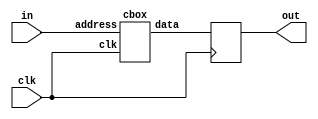
// computational sbox
//     Johannes Wolkerstorfer, Elisabeth Oswald, Mario Lamberger:
//     An ASIC Implementation of the AES SBoxes. CT-RSA 2002: 67-78

module sbox (clk, in, out);
   input 	clk;
   input [7:0] 	in;
   output reg [7:0] out;
   
   wire [7:0] data;
   
   always @(posedge clk)
     out <= data;
   
   cbox cbox1(.address(in), .data(data), .clk(clk));

endmodule

module map(a, ah, al);
  input   [7:0] a;
  output  [3:0] ah, al;

  wire aA,  aB,  aC;
  wire ah3, ah2, ah1, ah0;
  wire al3, al2, al1, al0;

  assign aA  = a[1] ^ a[7];
  assign aB  = a[5] ^ a[7];
  assign aC  = a[4] ^ a[6];

  assign al3 = a[2] ^ a[4];
  assign al2 = aA;
  assign al1 = a[1] ^ a[2];
  assign al0 = aC ^ a[0] ^ a[5];
  assign al  = (al3 << 3) | (al2 << 2) | (al1 << 1) | al0;

  assign ah3 = aB;
  assign ah2 = aB ^ a[2] ^ a[3];
  assign ah1 = aA ^ aC;
  assign ah0 = aC ^ a[5];
  assign ah  = (ah3 << 3) | (ah2 << 2) | (ah1 << 1) | ah0;          

endmodule

module invmap(ah, al, a);
  input  [3:0] ah, al;
  output [7:0] a;

  wire aA, aB;
  wire a3, a2, a1, a0;
  wire a4, a5, a6, a7;

  assign   aA = al[1] ^ ah[3];
  assign   aB = ah[0] ^ ah[1];
  assign   a0 = al[0] ^ ah[0];
  assign   a1 = aB    ^ ah[3];
  assign   a2 = aA    ^ aB;
  assign   a3 = aB    ^ al[1] ^ ah[2];
  assign   a4 = aA    ^ aB ^ al[3];
  assign   a5 = aB    ^ al[2];
  assign   a6 = aA    ^ al[2] ^ al[3] ^ ah[0];
  assign   a7 = aB    ^ al[2] ^ ah[3];

  assign   a  = (a7 << 7) | (a6 << 6) | (a5 << 5) | (a4 << 4) |
         (a3 << 3) | (a2 << 2) | (a1 << 1) | a0;
endmodule

module sqr(a, c);
  input  [3:0] a;
  output [3:0] c;

  wire c0, c1, c2, c3;

  assign c0 = a[0] ^ a[2];
  assign c1 = a[2];
  assign c2 = a[1] ^ a[3];
  assign c3 = a[3];

  assign c = (c3 << 3) | (c2 << 2) | (c1 << 1) | c0;

endmodule

module invg4(a, c);
  input  [3:0] a;
  output [3:0] c;

  wire c0, c1, c2, c3, aA;

  assign aA = a[1] ^ a[2] ^ a[3] ^ (a[1] & a[2] & a[3]);
  assign c0 = aA ^ a[0] ^ (a[0] & a[2]) ^ (a[1] & a[2]) ^ (a[0] & a[1] & a[2]);
  assign c1 = (a[0] & a[1]) ^ (a[0] & a[2]) ^ (a[1] & a[2]) ^ a[3] ^
          (a[1] & a[3]) ^ (a[0] & a[1] & a[3]);
  assign c2 = (a[0] & a[1]) ^ a[2] ^ (a[0] & a[2]) ^ a[3] ^
          (a[0] & a[3]) ^ (a[0] & a[2] & a[3]);
  assign c3 = aA ^ (a[0] & a[3]) ^ (a[1] & a[3]) ^ (a[2] & a[3]);

  assign c = (c3 << 3) | (c2 << 2) | (c1 << 1) | c0;

endmodule

module add4(a, b, c);
  input [3:0] a,b;
  output [3:0] c;

  assign c = a ^ b;
endmodule

module mul4(a, b, q);
  input  [3:0] a, b;
  output [3:0] q;
  wire   aA,  aB, q0, q1, q2, q3;
  wire   acc0, acc1, acc2, acc3;

  assign  aA = a[0] ^ a[3];
  assign  aB = a[2] ^ a[3];
  assign  q0 = (a[0] & b[0]) ^ (a[3] & b[1]) ^ (a[2] & b[2]) ^  (a[1] & b[3]);
  assign  q1 = (a[1] & b[0]) ^ (aA   & b[1]) ^ (aB   & b[2]) ^ ((a[1] ^ a[2]) & b[3]);
  assign  q2 = (a[2] & b[0]) ^ (a[1] & b[1]) ^ (aA   & b[2]) ^  (aB & b[3]);
  assign  q3 = (a[3] & b[0]) ^ (a[2] & b[1]) ^ (a[1] & b[2]) ^  (aA & b[3]);
  assign  q = (q3 << 3) | (q2 << 2) | (q1 << 1) | q0;
endmodule
  
module mul4e(a, c);
  input  [3:0] a;
  output [3:0] c;
  wire c0, c1, c2, c3, aA, aB;
  wire acc0, acc1, acc2, acc3;
  wire b;

  assign  aA = a[0] ^ a[1];
  assign  aB = a[2] ^ a[3];
  assign  c0 = a[1] ^ aB;
  assign  c1 = aA;
  assign  c2 = aA ^ a[2];
  assign  c3 = aA ^ aB;

  assign  c = (c3 << 3) | (c2 << 2) | (c1 << 1) | c0;

endmodule

module afine(a,q);
  input  [7:0] a;
  output [7:0] q;
  wire q0, q1, q2, q3, q4, q5, q6, q7;
  wire aA, aB, aC, aD;

  assign aA = a[0] ^ a[1];
  assign aB = a[2] ^ a[3];
  assign aC = a[4] ^ a[5];
  assign aD = a[6] ^ a[7];
  assign q0 = ~a[0] ^ aC ^ aD;
  assign q1 = ~a[5] ^ aA ^ aD;
  assign q2 =  a[2] ^ aA ^ aD;
  assign q3 =  a[7] ^ aA ^ aB;
  assign q4 =  a[4] ^ aA ^ aB;
  assign q5 = ~a[1] ^ aB ^ aC;
  assign q6 = ~a[6] ^ aB ^ aC;
  assign q7 =  a[3] ^ aC ^ aD;

  assign   q  = (q7 << 7) | (q6 << 6) | (q5 << 5) | (q4 << 4) |
                (q3 << 3) | (q2 << 2) | (q1 << 1) | q0;

endmodule

module cbox (address, data, clk);
   input [7:0] address;
   output [7:0] data;     
   input 	clk;

   wire [3:0] in_h, in_l, in_h_sqr, in_l_sqr;
   wire [3:0] mul4_1o, add4_1o, mul4e_o, add4_2o, add4_3o;
   wire [3:0] d, mul4_2o, mul4_3o;
   wire [7:0] invmap_out;

   
   map    m1(address,    in_h, in_l          );
   sqr    m2(in_h,       in_h_sqr            );
   sqr    m3(in_l,       in_l_sqr            );
   mul4   m4(in_h,       in_l,     mul4_1o   );    
   add4   m5(in_h,       in_l,     add4_1o   );    
   mul4e  m6(in_h_sqr,   mul4e_o             );
   add4   m7(in_l_sqr,   mul4e_o,  add4_2o   );
   add4   m8(add4_2o,    mul4_1o,  add4_3o   );

   // add4_3o, in_h, add4_1o
   reg [3:0]  add4_3o_pipe;
   reg [3:0]  in_h_pipe;
   reg [3:0]  add4_1o_pipe;

   always @(posedge clk)
     begin
	add4_3o_pipe <= add4_3o;
	add4_1o_pipe <= add4_1o;
	in_h_pipe    <= in_h;	
     end

   invg4  m9(add4_3o_pipe,    d                   );
   mul4   ma(in_h_pipe,       d,        mul4_2o   );
   mul4   mb(d,          add4_1o_pipe,  mul4_3o   );
   invmap mc(mul4_2o,    mul4_3o,  invmap_out);
   afine  md(invmap_out, data                );

endmodule